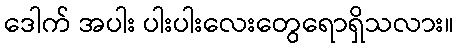
ဒေါက် အပါး ပါးပါးလေးတွေရောရှိသလား။